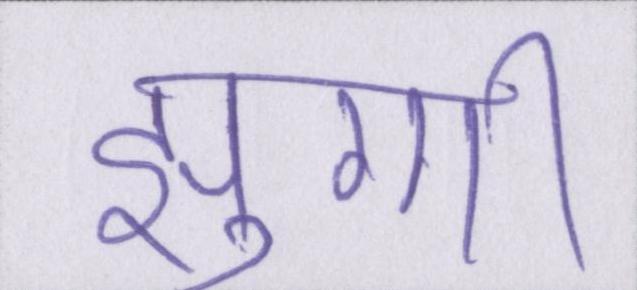
झुग्गी